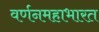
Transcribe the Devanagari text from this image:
वर्णनमहाभारत